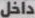
داخل